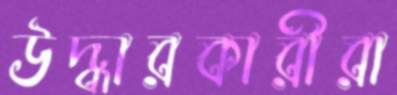
উদ্ধারকারীরা